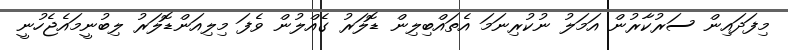
މިފަދައިން ސަރުކާރުން އަމަލު ނުކުރިނަމަ އެތައްބިލިން ޑޮލަރު ގެއްލުން ވެފަ މިލިއަންޑޮލަރު ލިބުނީމައެޖެހުނީ